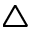
\triangle